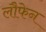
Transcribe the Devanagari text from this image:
लौफेन